Scottish Leaving Certificate Examination, 1961
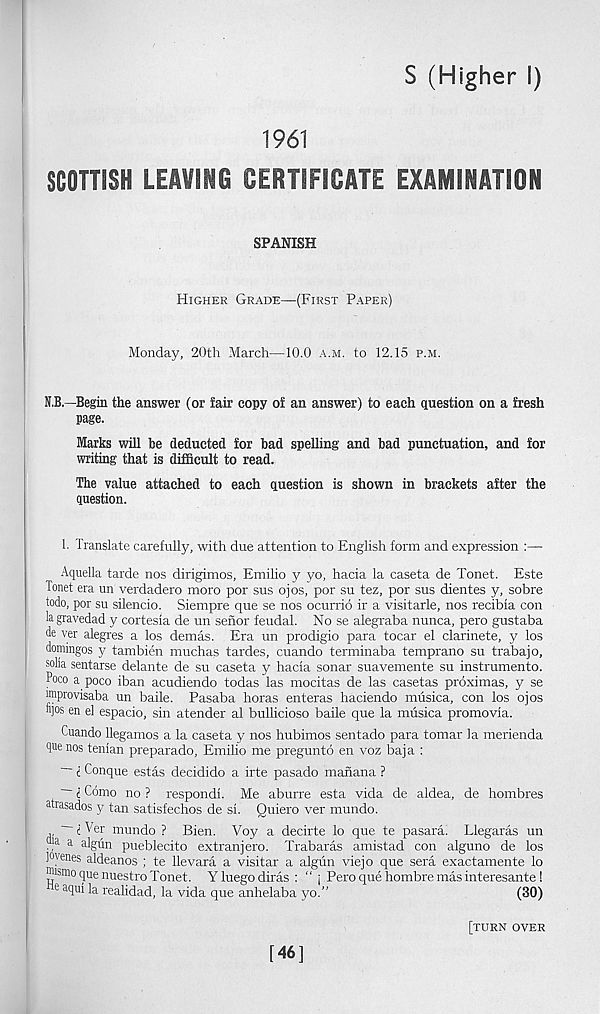
S (Higher I)
1961
SCOTTISH LEAVING CERTIFICATE EXAMINATION
SPANISH
Higher Grade—(First Paper)
Monday, 20th March—10.0 a.m. to 12.15 p.m.
N.B.—Begin the answer (or fair copy of an answer) to each question on a fresh
page.
Marks will be deducted for bad spelling and bad punctuation, and for
writing that is difficult to read.
The value attached to each question is shown in brackets after the
question.
1. Translate carefully, with due attention to English form and expression :—
Aquella tarde nos dirigimos, Emilio y yo, hacia la caseta de Tonet. Este
Tonet era un verdadero moro por sus ojos, por su tez, por sus dientes y, sobre
todo, por su silencio. Siempre que se nos ocurrio ir a visitarle, nos recibia con
la gravedad y cortesia de un senor feudal. No se alegraba nunca, pero gustaba
de ver alegres a los demas. Era un prodigio para tocar el clarinete, y los
domingos y tambien muchas tardes, cuando terminaba temprano su trabajo,
solla sentarse delante de su caseta y hacia sonar suavemente su instrumento.
,co a poco iban acudiendo todas las mocitas de las casetas proximas, y se
improvisaba un baile. Pasaba horas enteras haciendo musica, con los ojos
hjos en el espacio, sin atender al bullicioso baile que la musica promovia.
Cuando llegamos a la caseta y nos hubimos sentado para tomar la merienda
que nos tenian preparado, Emilio me pregun to en voz baja :
— i Conque estas decidido a irte pasado manana ?
— i Como no ? respondi. Me aburre esta vida de aldea, de hombres
atrasados y tan satisfechos de si. Quiero ver mundo.
—-jA'er mundo ? Bien. Voy a decirte lo que te pasara. Llegaras un
., a a ulgun pueblecito extranjero. Trabaras amistad con alguno de los
l°)'enes aldeanos ; te llevara a visitar a algun viejo que sera exactamente lo
fflismo que nuestro Tonet. Yluegodiras : “ j Pero que hombre mas interesante !
e aqui la realidad, la vida que anhelaba yo.”
(30)
[turn over
[46]